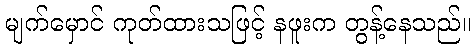
မျက်မှောင် ကုတ်ထားသဖြင့် နဖူးက တွန့်နေသည်။